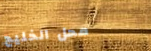
محل الخليج